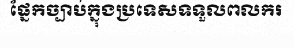
ផ្នែកច្បាប់ក្នុងប្រទេសទទួលពលករ